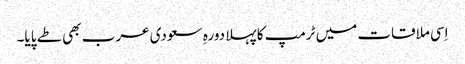
اِسی ملاقات میں ٹرمپ کا پہلا دورہِ سعودی عرب بھی طے پایا۔